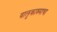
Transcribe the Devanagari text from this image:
वालुकाश्माचा